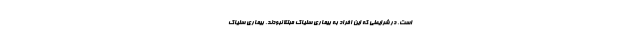
است، در شرایطی که این افراد به بیماری سلیاک مبتلا نبودند. بیماری سلیاک